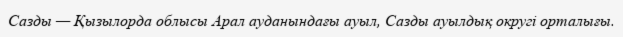
Сазды — Қызылорда облысы Арал ауданындағы ауыл, Сазды ауылдық округі орталығы.